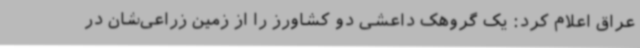
عراق اعلام کرد: یک گروهک داعشی دو کشاورز را از زمین زراعی‌شان در